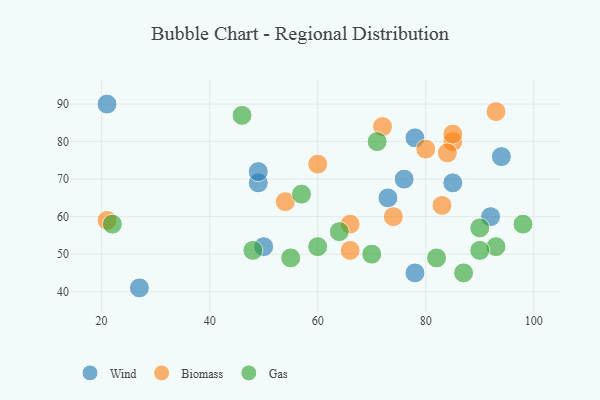
{"axis": {"x": "GDP", "y": "Life Expectancy"}, "legend": ["Biomass", "Gas", "Wind"], "data": [{"x": "49", "y": 69, "type": "Wind"}, {"x": "27", "y": 41, "type": "Wind"}, {"x": "49", "y": 72, "type": "Wind"}, {"x": "85", "y": 69, "type": "Wind"}, {"x": "92", "y": 60, "type": "Wind"}, {"x": "76", "y": 70, "type": "Wind"}, {"x": "50", "y": 52, "type": "Wind"}, {"x": "94", "y": 76, "type": "Wind"}, {"x": "21", "y": 90, "type": "Wind"}, {"x": "78", "y": 45, "type": "Wind"}, {"x": "78", "y": 81, "type": "Wind"}, {"x": "73", "y": 65, "type": "Wind"}, {"x": "21", "y": 59, "type": "Biomass"}, {"x": "85", "y": 80, "type": "Biomass"}, {"x": "74", "y": 60, "type": "Biomass"}, {"x": "54", "y": 64, "type": "Biomass"}, {"x": "60", "y": 74, "type": "Biomass"}, {"x": "66", "y": 58, "type": "Biomass"}, {"x": "83", "y": 63, "type": "Biomass"}, {"x": "84", "y": 77, "type": "Biomass"}, {"x": "80", "y": 78, "type": "Biomass"}, {"x": "66", "y": 51, "type": "Biomass"}, {"x": "93", "y": 88, "type": "Biomass"}, {"x": "85", "y": 82, "type": "Biomass"}, {"x": "72", "y": 84, "type": "Biomass"}, {"x": "71", "y": 80, "type": "Gas"}, {"x": "64", "y": 56, "type": "Gas"}, {"x": "98", "y": 58, "type": "Gas"}, {"x": "22", "y": 58, "type": "Gas"}, {"x": "48", "y": 51, "type": "Gas"}, {"x": "93", "y": 52, "type": "Gas"}, {"x": "82", "y": 49, "type": "Gas"}, {"x": "60", "y": 52, "type": "Gas"}, {"x": "55", "y": 49, "type": "Gas"}, {"x": "90", "y": 57, "type": "Gas"}, {"x": "46", "y": 87, "type": "Gas"}, {"x": "90", "y": 51, "type": "Gas"}, {"x": "70", "y": 50, "type": "Gas"}, {"x": "57", "y": 66, "type": "Gas"}, {"x": "87", "y": 45, "type": "Gas"}]}